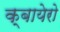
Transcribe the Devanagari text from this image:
क्बायेरो